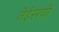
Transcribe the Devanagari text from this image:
तेईसवीं